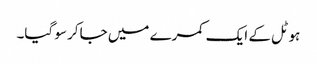
ہوٹل کے ایک کمرے میں جاکر سو گیا۔